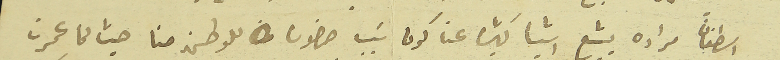
اسطفان مراده يشيع اشيا كثيره عنا كون سَبب حضوره للوطن منا حيث لما عمرن